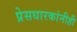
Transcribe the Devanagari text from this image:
प्रेसधारकांनीही